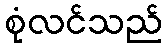
စုံလင်သည်